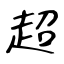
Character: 超